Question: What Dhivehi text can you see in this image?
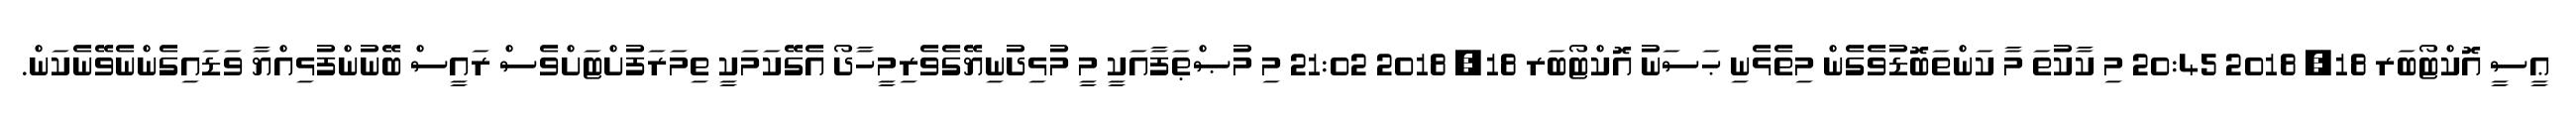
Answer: ޢީސީ އޮކްޓޯބަރ 18, 2018 20:45 މި ކާކުތަ މާ ކަންތަބޮޑުވެގެން މިތެޅެނި ޙަސަނު އޮކްޓޯބަރ 18, 2018 21:02 މި މުޞްޠަފާއަކީ މީ މުޅިދުނިޔޭގެވެރިމީހާދޯ އެގޭކަމަކީ ތިމަރަފުށްޓަށްވެސް ރައީސް ބޭނުންފުޅިއްޔާ ވަޑައިގެންނެވޭނެކަން.